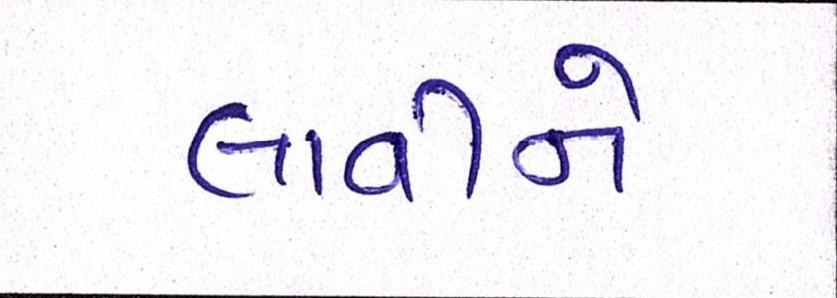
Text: લાવીને